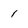
Character: 1